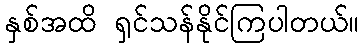
နှစ်အထိ ရှင်သန်နိုင်ကြပါတယ်။